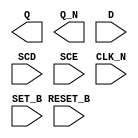
module sky130_fd_sc_lp__sdfbbn (
    Q      ,
    Q_N    ,
    D      ,
    SCD    ,
    SCE    ,
    CLK_N  ,
    SET_B  ,
    RESET_B
);

    output Q      ;
    output Q_N    ;
    input  D      ;
    input  SCD    ;
    input  SCE    ;
    input  CLK_N  ;
    input  SET_B  ;
    input  RESET_B;

    // Voltage supply signals
    supply1 VPWR;
    supply0 VGND;
    supply1 VPB ;
    supply0 VNB ;

endmodule